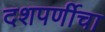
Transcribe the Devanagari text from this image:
दशपर्णीचा